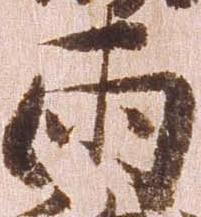
両